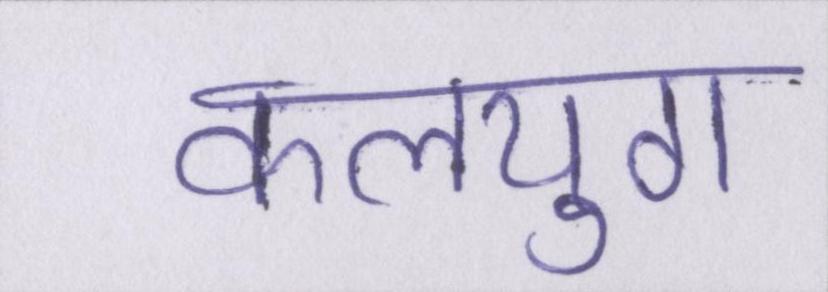
कलयुग